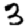
Digit: 3